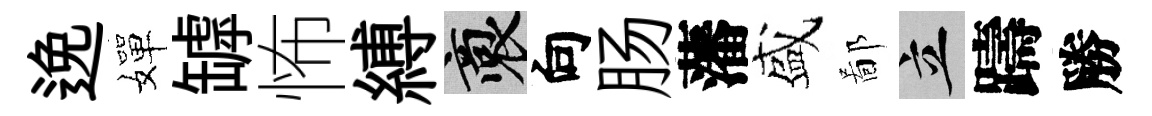
𨓜嬋罅怖縛裔向肠藩盛鄙立躊勝